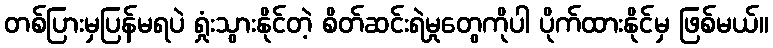
တစ်ပြားမှပြန်မရပဲ ရှုံးသွားနိုင်တဲ့ စိတ်ဆင်းရဲမှုတွေကိုပါ ပိုက်ထားနိုင်မှ ဖြစ်မယ်။